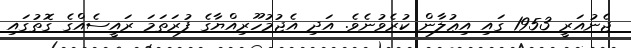
ޖެނުއަރީ 1953 ގައި އިޢުލާން ކުރެވުނެވެ. އަދި އެޖުމުހޫރިއްޔާގެ ފުރަތަމަ ރައީސެއްގެ ގޮތުގައި